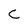
Character: C